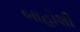
બાહોશી